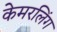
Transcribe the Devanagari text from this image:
केमरलिंग